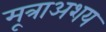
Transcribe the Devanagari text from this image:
मूत्राअशय